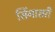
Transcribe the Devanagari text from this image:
सिंगासरी